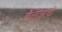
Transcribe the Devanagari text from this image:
बेलीझची